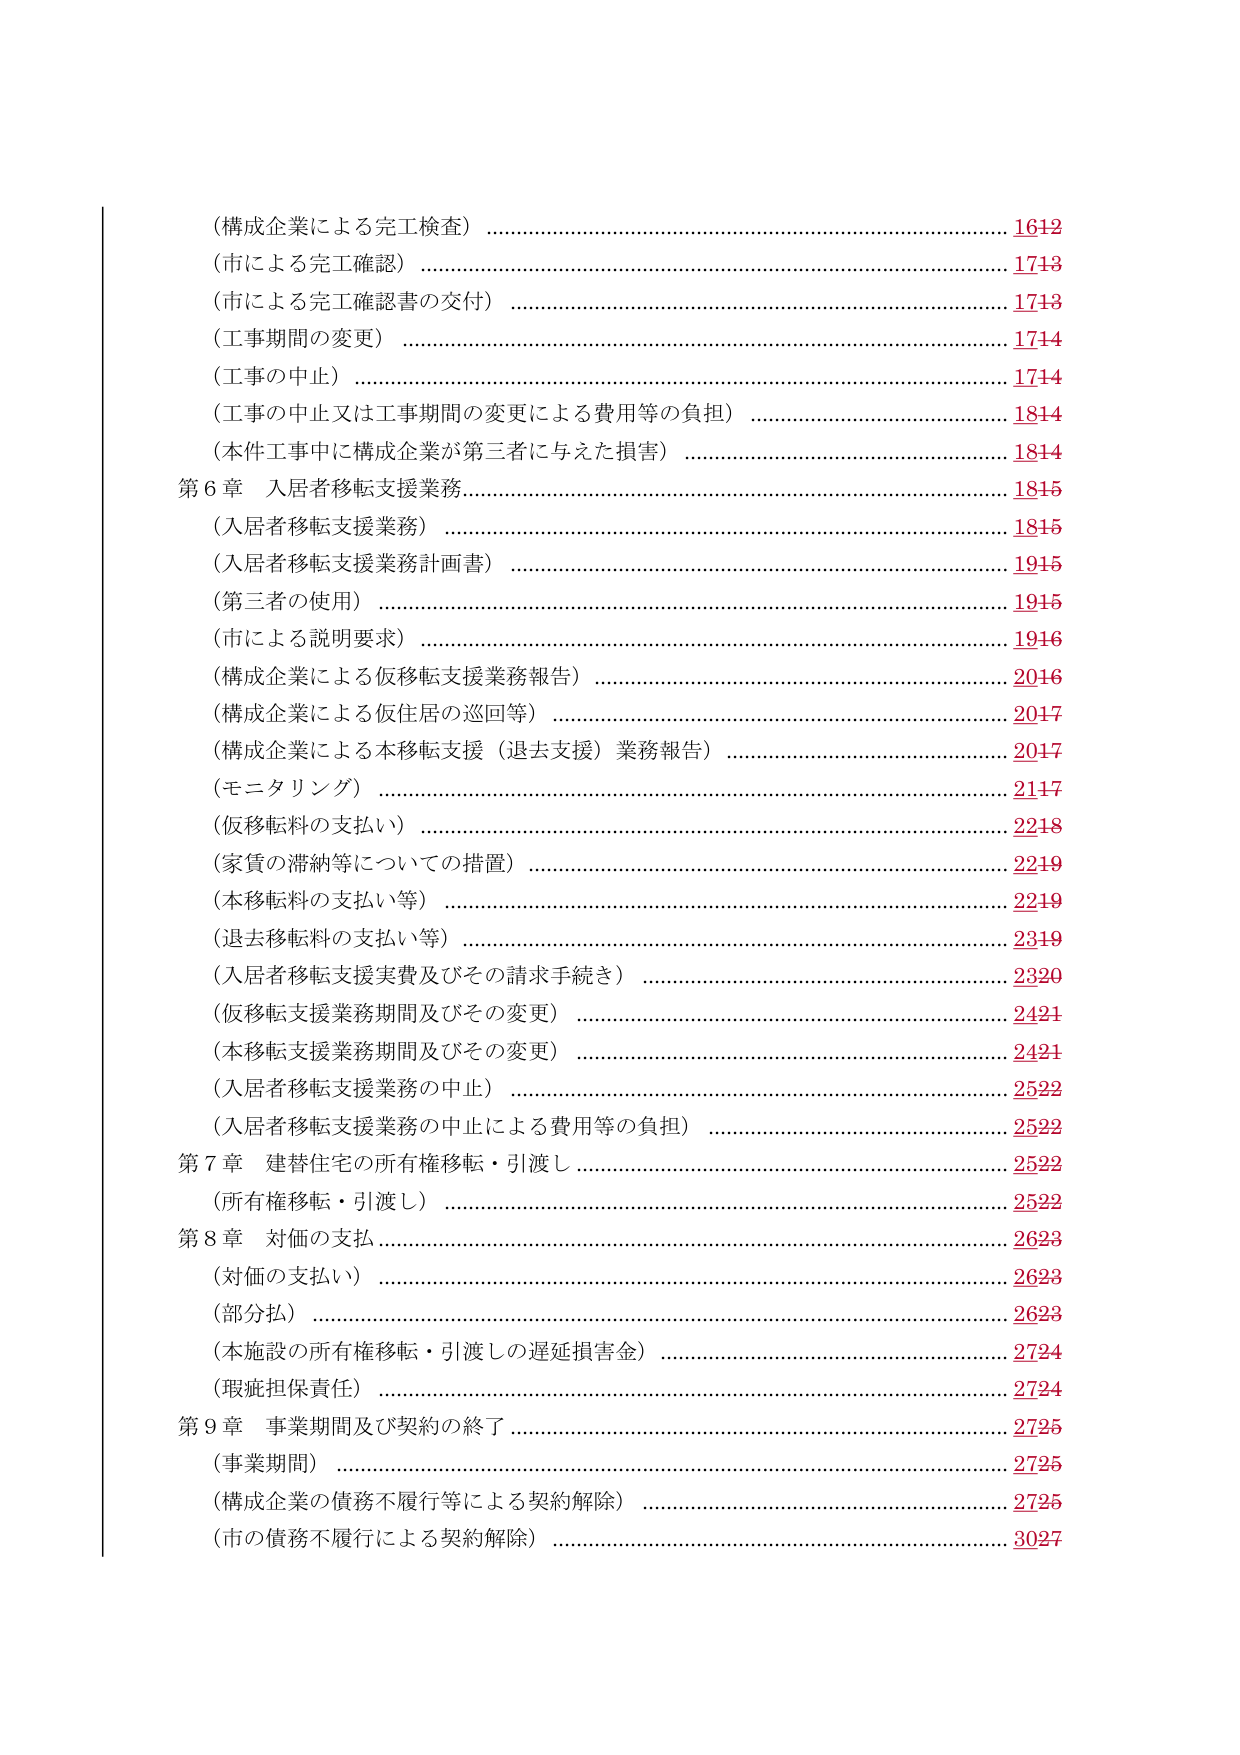
（構成企業による完工検査） ……………………………………………………………… 1642
（市による完工確認） …………………………………………………………………… 1743
（市による完工確認書の交付） ………………………………………………………… 1743
（工事期間の変更） ……………………………………………………………………… 1744
（工事の中止） …………………………………………………………………………… 1744
（工事の中止又は工事期間の変更による費用等の負担） …………………………… 1844
（本件工事中に構成企業が第三者に与えた損害） …………………………………… 1844
第６章 入居者移転支援業務 …………………………………………………………… 1845
（入居者移転支援業務） ………………………………………………………………… 1845
（入居者移転支援業務計画書） ………………………………………………………… 1945
（第三者の使用） ………………………………………………………………………… 1945
（市による説明要求） …………………………………………………………………… 1946
（構成企業による仮移転支援業務報告） ……………………………………………… 2046
（構成企業による仮住居の巡回等） …………………………………………………… 2047
（構成企業による本移転支援（退去支援）業務報告） ……………………………… 2047
（モニタリング） ………………………………………………………………………… 2147
（仮移転料の支払い） …………………………………………………………………… 2248
（家賃の滞納等についての措置） ……………………………………………………… 2249
（本移転料の支払い等） ………………………………………………………………… 2249
（退去移転料の支払い等） ……………………………………………………………… 2349
（入居者移転支援実費及びその請求手続き） ………………………………………… 2320
（仮移転支援業務期間及びその変更） ………………………………………………… 2421
（本移転支援業務期間及びその変更） ………………………………………………… 2421
（入居者移転支援業務の中止） ………………………………………………………… 2522
（入居者移転支援業務の中止による費用等の負担） ………………………………… 2522
第７章 建替住宅の所有権移転・引渡し ……………………………………………… 2522
（所有権移転・引渡し） ………………………………………………………………… 2522
第８章 対価の支払 ……………………………………………………………………… 2623
（対価の支払い） ………………………………………………………………………… 2623
（部分払） ………………………………………………………………………………… 2623
（本施設の所有権移転・引渡しの遅延損害金） ……………………………………… 2724
（瑕疵担保責任） ………………………………………………………………………… 2724
第９章 事業期間及び契約の終了 ……………………………………………………… 2725
（事業期間） ……………………………………………………………………………… 2725
（構成企業の債務不履行等による契約解除） ………………………………………… 2725
（市の債務不履行による契約解除） …………………………………………………… 3027